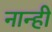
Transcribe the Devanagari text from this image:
नान्ही